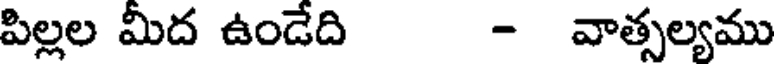
పిల్లల మీద ఉండేది - వాత్సల్యము